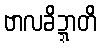
ဗာလခိဍ္ဍာတိ